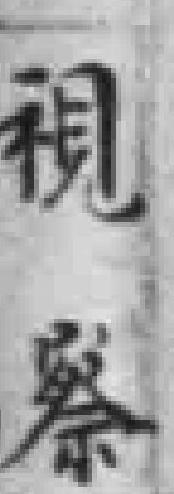
視察